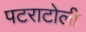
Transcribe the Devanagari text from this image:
पटराटोली